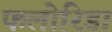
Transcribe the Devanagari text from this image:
फलोरिडा